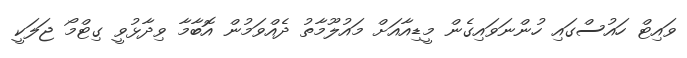
ވައިޓް ހައުސްގައި ހުންނަވައިގެން މީޑިއާއަށް މައުލޫމާތު ދެއްވަމުން އޮބާމާ ވިދާޅުވީ ގިޓްމޯ ޖަލަކީ